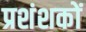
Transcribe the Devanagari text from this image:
प्रशंशकों